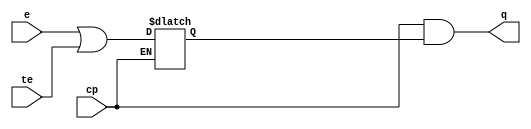
// This program was cloned from: https://github.com/chipsalliance/aib-phy-hardware
// License: Apache License 2.0

// SPDX-License-Identifier: Apache-2.0
// Copyright (C) 2019 Intel Corporation. 
module c3aibadapt_txclk_gate
(
	input	wire		cp,
	input	wire		e,
	input	wire		te,
	output	wire		q
);

	wire	clk;
	wire	clk_n;
	wire	clken;
	reg	latch_clken;

	assign clk = cp;
	assign clk_n = ~cp;
	assign clken = e || te;

        always @(clk_n or clken)
        begin
		if (clk_n)
                begin
                        latch_clken <= clken;
                end
        end

	assign q = clk & latch_clken;

endmodule // c3aibadapt_txclk_gate